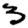
Digit: 3